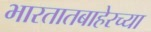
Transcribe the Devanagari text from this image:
भारतातबाहेरच्या